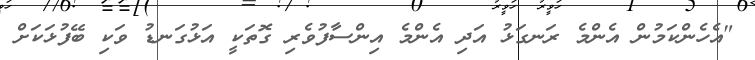
"އެހެންކަމުން އެންމެ ރަނގަޅު އަދި އެންމެ އިންސާފުވެރި ގޮތަކީ އަޅުގަނޑު ވަކި ބޭފުޅަކަށް